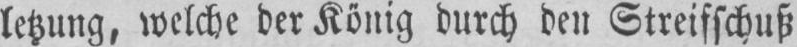
letzung, welche der König durch den Streifschuß